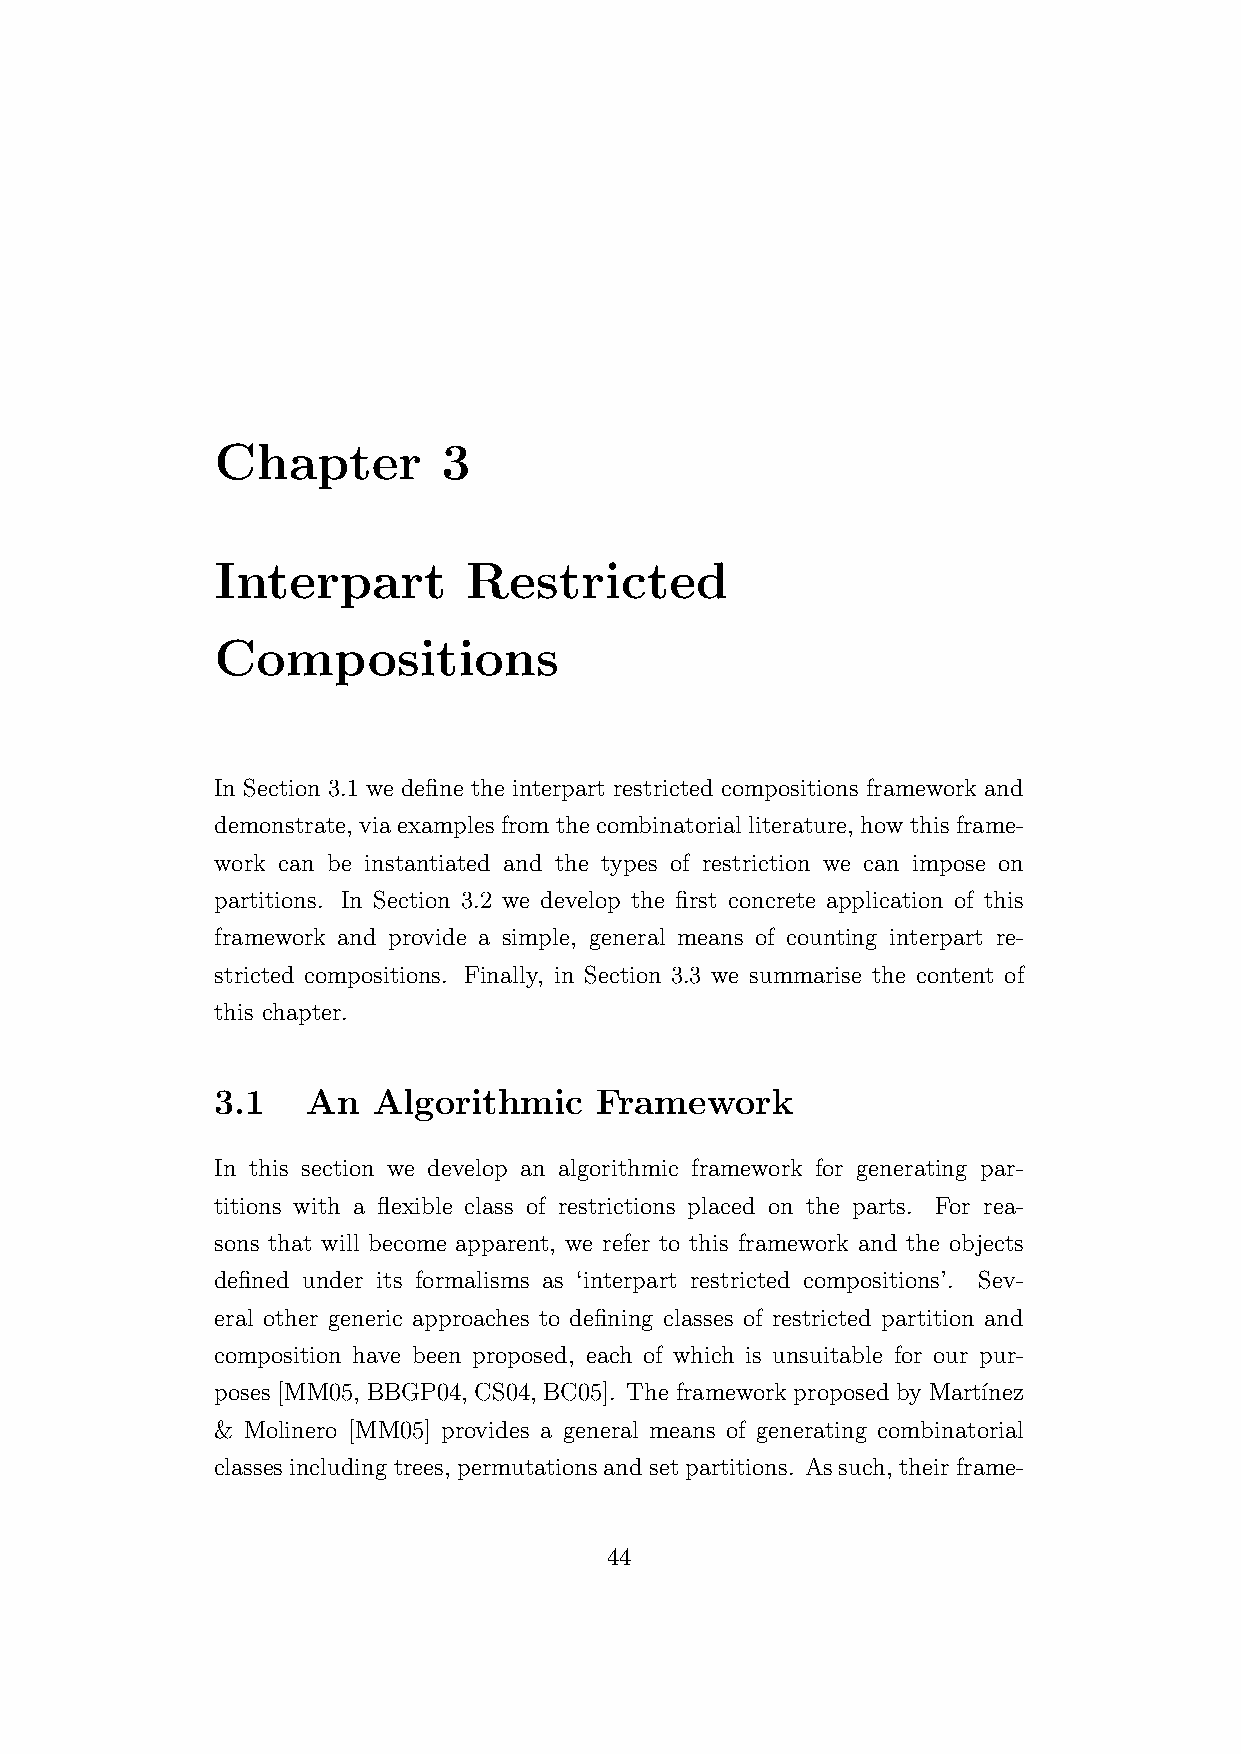
Chapter        3
 Interpart        Restricted
 Compositions
 In Section 3.1 we define the interpart restricted compositions framework and
 demonstrate, via examples from the combinatorial literature, how this frame-
 work can be instantiated and the types of restriction we can impose on
 partitions. In Section 3.2 we develop the first concrete application of this
 framework and provide a simple, general means of counting interpart re-
 stricted compositions. Finally, in Section 3.3 we summarise the content of
 this chapter.
 3.1   An   Algorithmic   Framework
 In this section we develop an algorithmic framework for generating par-
 titions with a flexible class of restrictions placed on the parts. For rea-
 sons that will become apparent, we refer to this framework and the objects
 defined under its formalisms as ‘interpart restricted compositions’. Sev-
 eral other generic approaches to defining classes of restricted partition and
 composition have been proposed, each of which is unsuitable for our pur-
 poses [MM05, BBGP04, CS04, BC05]. The framework proposed by Mart´ınez
 & Molinero [MM05] provides a general means of generating combinatorial
 classesincludingtrees, permutationsandsetpartitions. Assuch, theirframe-
 44